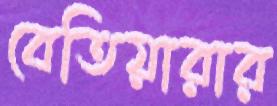
বেতিয়ারার